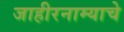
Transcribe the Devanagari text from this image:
जाहीरनाम्याचे